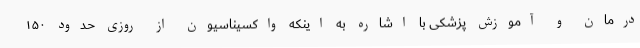
درمان و آموزش پزشکی با اشاره به اینکه واکسیناسیون از روزی حدود ۱۵۰